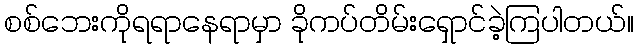
စစ်ဘေးကိုရရာနေရာမှာ ခိုကပ်တိမ်းရှောင်ခဲ့ကြပါတယ်။